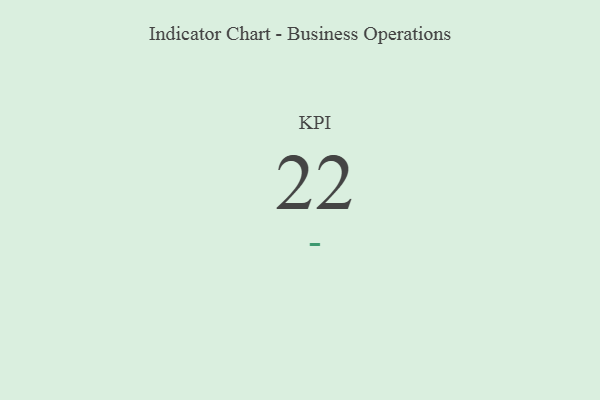
{"axis": {"x": "KPI", "y": "Value"}, "legend": [""], "data": [{"x": "KPI", "y": 22, "type": ""}]}